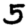
Digit: 5